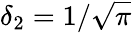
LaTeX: \delta_{2}=1/\sqrt{\pi}